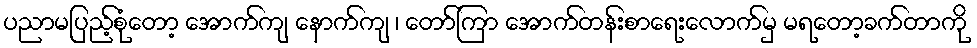
ပညာမပြည့်စုံတော့ အောက်ကျ နောက်ကျ ၊ တော်ကြာ အောက်တန်းစာရေးလောက်မှ မရတော့ခက်တာကို